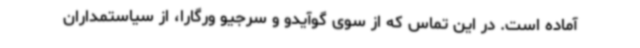
آماده است. در این تماس که از سوی گوآیدو و سرجیو ورگارا، از سیاستمداران